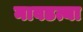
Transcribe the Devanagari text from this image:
नावडत्या